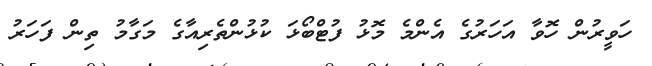
ހަވީރުން ހޮވާ އަހަރުގެ އެންމެ މޮޅު ފުޓްބޯޅަ ކުޅުންތެރިއާގެ މަގާމު ތިން ފަހަރު